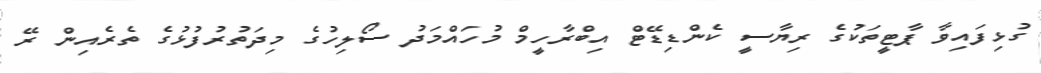
ގުޅިފައިވާ ޕާޓީތަކުގެ ރިޔާސީ ކެންޑިޑޭޓް އިބްރާހީމް މުހައްމަދު ސޯލިހުގެ މިދަތުރުފުޅުގެ ތެރެއިން ރޭ